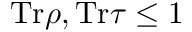
\mathrm { T r } \rho , \mathrm { T r } \tau \leq 1